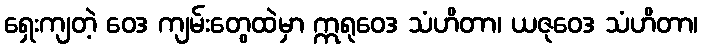
ရှေးကျတဲ့ ဝေဒ ကျမ်းတွေထဲမှာ ဣရုဝေဒ သံဟိတာ၊ ယဇုဝေဒ သံဟိတာ၊